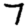
Digit: 7